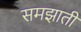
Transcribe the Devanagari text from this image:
समझातीं